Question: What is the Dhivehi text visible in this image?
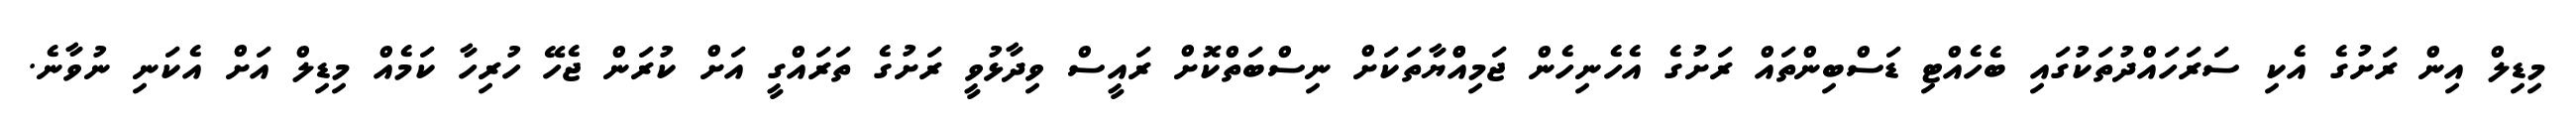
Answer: މިޑިލް އިން ރަށުގެ އެކި ސަރަހައްދުތަކުގައި ބެހެއްޓި ޑަސްބިންތައް ރަށުގެ އެހެނިހެން ޖަމިއްްޔާތަކަށް ނިސްބަތްކޮށް ރައީސް ވިދާޅުވީ ރަށުގެ ތަރައްގީ އަށް ކުރަން ޖެހޭ ހުރިހާ ކަމެއް މިޑިލް އަށް އެކަނި ނުވާނެ.